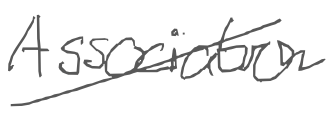
Text: Association
Cross-out: diagonal
Writing tool: digital_gray